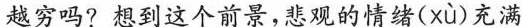
越穷吗?想到这个前景，悲观的情绪( x ù)充满